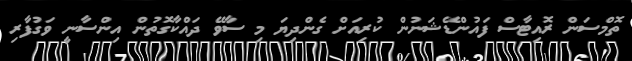
ތޮމްސަން ރޮއިޓާސް ފައުންޑޭޝަނުން ކުރިއަށް ގެންދިޔަ މި ސާވޭ ދައްކާގޮތުން އިންސާނީ ވަގުފާރި